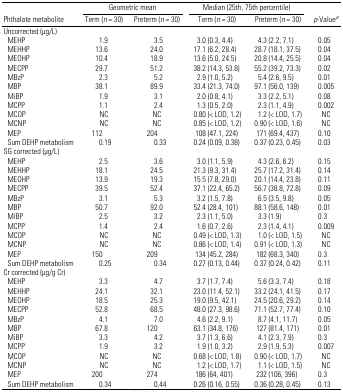
<table><thead><tr><td></td><td colspan="2"><b>Geometric mean</b></td><td colspan="2"><b>Median (25th, 75th percentile)</b></td><td></td></tr><tr><td><b>Phthalate metabolite</b></td><td><b>Term (<i>n</i> = 30)</b></td><td><b>Preterm (<i>n</i> = 30)</b></td><td><b>Term (<i>n</i> = 30)</b></td><td><b>Preterm (<i>n</i> = 30)</b></td><td><b><i>p</i>-Valuea</b></td></tr></thead><tbody><tr><td colspan="6">Uncorrected (μg/L)</td></tr><tr><td> MEHP</td><td>1.9</td><td>3.5</td><td>3.0 (0.3, 4.4)</td><td>4.3 (2.2, 7.1)</td><td>0.05</td></tr><tr><td> MEHHP</td><td>13.6</td><td>24.0</td><td>17.1 (6.2, 28.4)</td><td>28.7 (18.1, 37.5)</td><td>0.04</td></tr><tr><td> MEOHP</td><td>10.4</td><td>18.9</td><td>13.6 (5.0, 24.5)</td><td>20.8 (14.4, 25.5)</td><td>0.04</td></tr><tr><td> MECPP</td><td>29.7</td><td>51.2</td><td>38.2 (14.3, 53.8)</td><td>55.2 (39.2, 73.3)</td><td>0.02</td></tr><tr><td> MBzP</td><td>2.3</td><td>5.2</td><td>2.9 (1.0, 5.2)</td><td>5.4 (2.6, 9.5)</td><td>0.01</td></tr><tr><td> MBP</td><td>38.1</td><td>89.9</td><td>33.4 (21.3, 74.0)</td><td>97.1 (56.0, 139)</td><td>0.005</td></tr><tr><td> MiBP</td><td>1.9</td><td>3.1</td><td>2.0 (0.8, 4.1)</td><td>3.3 (2.2, 5.1)</td><td>0.08</td></tr><tr><td> MCPP</td><td>1.1</td><td>2.4</td><td>1.3 (0.5, 2.0)</td><td>2.3 (1.1, 4.9)</td><td>0.002</td></tr><tr><td> MCOP</td><td>NC</td><td>NC</td><td>0.80 (&lt; LOD, 1.2)</td><td>1.2 (&lt; LOD, 1.7)</td><td>NC</td></tr><tr><td> MCNP</td><td>NC</td><td>NC</td><td>0.85 (&lt; LOD, 1.2)</td><td>0.90 (&lt; LOD, 1.6)</td><td>NC</td></tr><tr><td> MEP</td><td>112</td><td>204</td><td>108 (47.1, 224)</td><td>171 (69.4, 437)</td><td>0.10</td></tr><tr><td> Sum DEHP metabolism</td><td>0.19</td><td>0.33</td><td>0.24 (0.09, 0.38)</td><td>0.37 (0.23, 0.45)</td><td>0.03</td></tr><tr><td colspan="6">SG corrected (μg/L)</td></tr><tr><td> MEHP</td><td>2.5</td><td>3.6</td><td>3.0 (1.1, 5.9)</td><td>4.3 (2.6, 6.2)</td><td>0.15</td></tr><tr><td> MEHHP</td><td>18.1</td><td>24.5</td><td>21.3 (9.3, 31.4)</td><td>25.7 (17.2, 31.4)</td><td>0.14</td></tr><tr><td> MEOHP</td><td>13.9</td><td>19.3</td><td>15.5 (7.8, 29.0)</td><td>20.1 (14.4, 23.8)</td><td>0.11</td></tr><tr><td> MECPP</td><td>39.5</td><td>52.4</td><td>37.1 (22.4, 65.2)</td><td>56.7 (38.8, 72.8)</td><td>0.09</td></tr><tr><td> MBzP</td><td>3.1</td><td>5.3</td><td>3.2 (1.5, 7.8)</td><td>6.5 (3.5, 9.8)</td><td>0.05</td></tr><tr><td> MBP</td><td>50.7</td><td>92.0</td><td>52.4 (28.4, 101)</td><td>88.1 (58.6, 148)</td><td>0.01</td></tr><tr><td> MiBP</td><td>2.5</td><td>3.2</td><td>2.3 (1.1, 5.0)</td><td>3.3 (1.9)</td><td>0.3</td></tr><tr><td> MCPP</td><td>1.4</td><td>2.4</td><td>1.6 (0.7, 2.6)</td><td>2.3 (1.4, 4.1)</td><td>0.009</td></tr><tr><td> MCOP</td><td>NC</td><td>NC</td><td>0.49 (&lt; LOD, 1.3)</td><td>1.0 (&lt; LOD, 1.5)</td><td>NC</td></tr><tr><td> MCNP</td><td>NC</td><td>NC</td><td>0.86 (&lt; LOD, 1.4)</td><td>0.91 (&lt; LOD, 1.3)</td><td>NC</td></tr><tr><td> MEP</td><td>150</td><td>209</td><td>134 (45.2, 284)</td><td>182 (68.3, 340)</td><td>0.3</td></tr><tr><td> Sum DEHP metabolism</td><td>0.25</td><td>0.34</td><td>0.27 (0.13, 0.44)</td><td>0.37 (0.24, 0.42)</td><td>0.11</td></tr><tr><td colspan="6">Cr corrected (μg/g Cr)</td></tr><tr><td> MEHP</td><td>3.3</td><td>4.7</td><td>3.7 (1.7, 7.4)</td><td>5.6 (3.3, 7.4)</td><td>0.18</td></tr><tr><td> MEHHP</td><td>24.1</td><td>32.1</td><td>23.0 (11.4, 52.1)</td><td>33.2 (24.1, 41.5)</td><td>0.17</td></tr><tr><td> MEOHP</td><td>18.5</td><td>25.3</td><td>19.0 (9.5, 42.1)</td><td>24.5 (20.6, 29.2)</td><td>0.14</td></tr><tr><td> MECPP</td><td>52.8</td><td>68.5</td><td>48.0 (27.3, 98.6)</td><td>71.1 (52.7, 77.4)</td><td>0.10</td></tr><tr><td> MBzP</td><td>4.1</td><td>7.0</td><td>4.6 (2.2, 9.1)</td><td>8.7 (4.1, 11.7)</td><td>0.05</td></tr><tr><td> MBP</td><td>67.8</td><td>120</td><td>63.1 (34.8, 176)</td><td>127 (81.4, 171)</td><td>0.01</td></tr><tr><td> MiBP</td><td>3.3</td><td>4.2</td><td>3.7 (1.3, 6.6)</td><td>4.1 (2.3, 7.9)</td><td>0.3</td></tr><tr><td> MCPP</td><td>1.9</td><td>3.2</td><td>1.9 (1.0, 3.2)</td><td>2.9 (1.9, 5.3)</td><td>0.007</td></tr><tr><td> MCOP</td><td>NC</td><td>NC</td><td>0.68 (&lt; LOD, 1.8)</td><td>0.90 (&lt; LOD, 1.7)</td><td>NC</td></tr><tr><td> MCNP</td><td>NC</td><td>NC</td><td>1.2 (&lt; LOD, 1.7)</td><td>1.1 (&lt; LOD, 1.5)</td><td>NC</td></tr><tr><td> MEP</td><td>200</td><td>274</td><td>186 (64, 401)</td><td>232 (106, 396)</td><td>0.3</td></tr><tr><td> Sum DEHP metabolism</td><td>0.34</td><td>0.44</td><td>0.26 (0.16, 0.55)</td><td>0.36 (0.28, 0.45)</td><td>0.13</td></tr></tbody></table>